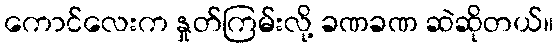
ကောင်လေးက နှုတ်ကြမ်းလို့ ခဏခဏ ဆဲဆိုတယ်။